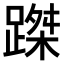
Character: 𨃥